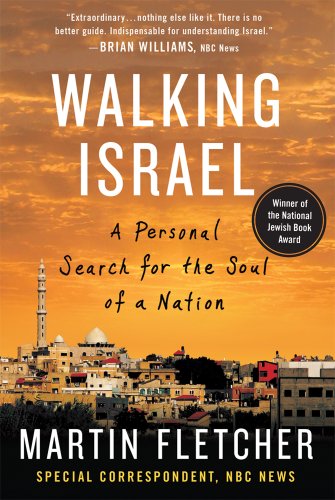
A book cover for Walking Israel: A Personal Search for the Soul of a Nation; Martin Fletcher; Travel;